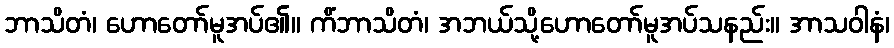
ဘာသိတံ၊ ဟောတော်မူအပ်၏။ ကိံဘာသိတံ၊ အဘယ်သို့ဟောတော်မူအပ်သနည်း။ အာသဝါနံ၊